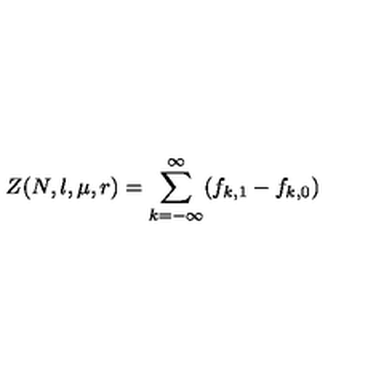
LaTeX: Z ( N , l , \mu , r ) = \sum _ { k = - \infty } ^ { \infty } ( f _ { k , 1 } - f _ { k , 0 } )